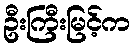
ဦးကြီးမြင့်က